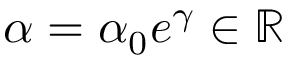
\alpha = \alpha _ { 0 } e ^ { \gamma } \in \mathbb { R }